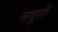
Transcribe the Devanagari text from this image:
तमूरी